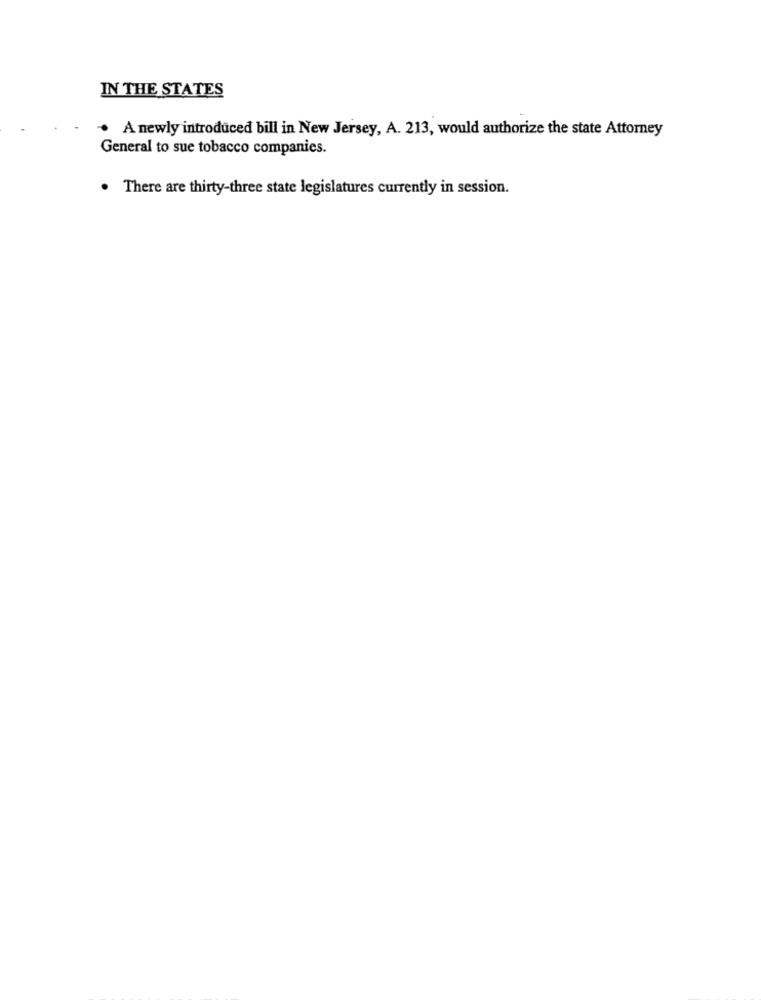
IN THE STATES
A newly introduced bill in New Jersey, A. 213, would authorize the state Attorney
General to sue tobacco companies.
. There are thirty-three state legislatures currently in session.